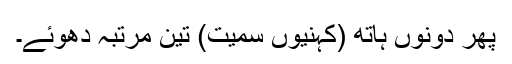
پھر دونوں ہاتھ (کہنیوں سمیت) تین مرتبہ دھوئے۔